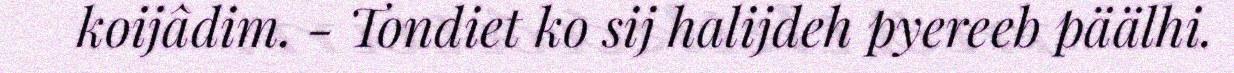
koijâdim. - Tondiet ko sij halijdeh pyereeb päälhi.